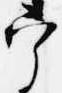
宰